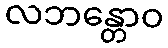
လဘန္တောဝ